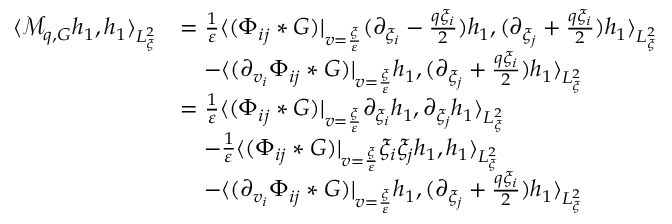
\begin{array} { r l } { \langle \mathcal M _ { q , G } h _ { 1 } , h _ { 1 } \rangle _ { L _ { \xi } ^ { 2 } } } & { = \frac { 1 } { \varepsilon } \langle ( \Phi _ { i j } * G ) | _ { v = \frac { \xi } { \varepsilon } } ( \partial _ { \xi _ { i } } - \frac { q \xi _ { i } } { 2 } ) h _ { 1 } , ( \partial _ { \xi _ { j } } + \frac { q \xi _ { i } } { 2 } ) h _ { 1 } \rangle _ { L _ { \xi } ^ { 2 } } } \\ & { \quad - \langle ( \partial _ { v _ { i } } \Phi _ { i j } * G ) | _ { v = \frac { \xi } { \varepsilon } } h _ { 1 } , ( \partial _ { \xi _ { j } } + \frac { q \xi _ { i } } { 2 } ) h _ { 1 } \rangle _ { L _ { \xi } ^ { 2 } } } \\ & { = \frac { 1 } { \varepsilon } \langle ( \Phi _ { i j } * G ) | _ { v = \frac { \xi } { \varepsilon } } \partial _ { \xi _ { i } } h _ { 1 } , \partial _ { \xi _ { j } } h _ { 1 } \rangle _ { L _ { \xi } ^ { 2 } } } \\ & { \quad - \frac { 1 } { \varepsilon } \langle ( \Phi _ { i j } * G ) | _ { v = \frac { \xi } { \varepsilon } } \xi _ { i } \xi _ { j } h _ { 1 } , h _ { 1 } \rangle _ { L _ { \xi } ^ { 2 } } } \\ & { \quad - \langle ( \partial _ { v _ { i } } \Phi _ { i j } * G ) | _ { v = \frac { \xi } { \varepsilon } } h _ { 1 } , ( \partial _ { \xi _ { j } } + \frac { q \xi _ { i } } { 2 } ) h _ { 1 } \rangle _ { L _ { \xi } ^ { 2 } } } \end{array}